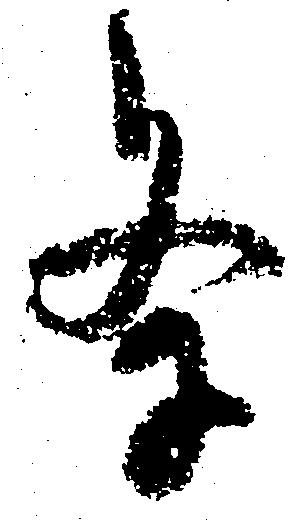
条